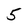
Character: 5